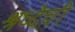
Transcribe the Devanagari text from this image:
श्रध्देची